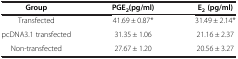
<table><thead><tr><td><b>Group</b></td><td><b>PGE<sub>2</sub>(pg/ml)</b></td><td><b>E<sub>2 </sub>(pg/ml)</b></td></tr></thead><tbody><tr><td>Transfected</td><td>41.69 ± 0.87*</td><td>31.49 ± 2.14*</td></tr><tr><td>pcDNA3.1 transfected</td><td>31.35 ± 1.06</td><td>21.16 ± 2.37</td></tr><tr><td>Non-transfected</td><td>27.67 ± 1.20</td><td>20.56 ± 3.27</td></tr></tbody></table>